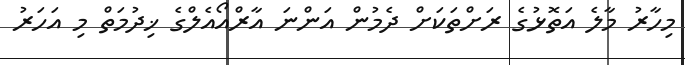
މިހާރު މާލެ އަތޮޅުގެ ރަށްތަކަށް ދެމުން އަންނަ އާރްއޯއެލްގެ ޚިދުމަތް މި އަހަރު